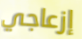
إزعاجي